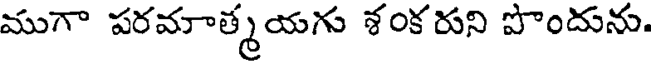
ముగా పరమాత్మయగు శంకరుని పొందును.